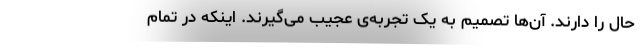
حال را دارند. آن‌ها تصمیم به یک تجربه‌ی عجیب می‌گیرند. اینکه در تمام